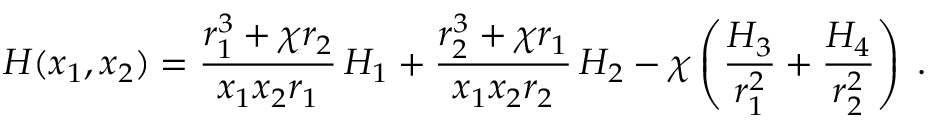
H ( x _ { 1 } , x _ { 2 } ) = \frac { r _ { 1 } ^ { 3 } + \chi r _ { 2 } } { x _ { 1 } x _ { 2 } r _ { 1 } } \, H _ { 1 } + \frac { r _ { 2 } ^ { 3 } + \chi r _ { 1 } } { x _ { 1 } x _ { 2 } r _ { 2 } } \, H _ { 2 } - \chi \left( \frac { H _ { 3 } } { r _ { 1 } ^ { 2 } } + \frac { H _ { 4 } } { r _ { 2 } ^ { 2 } } \right) \; .